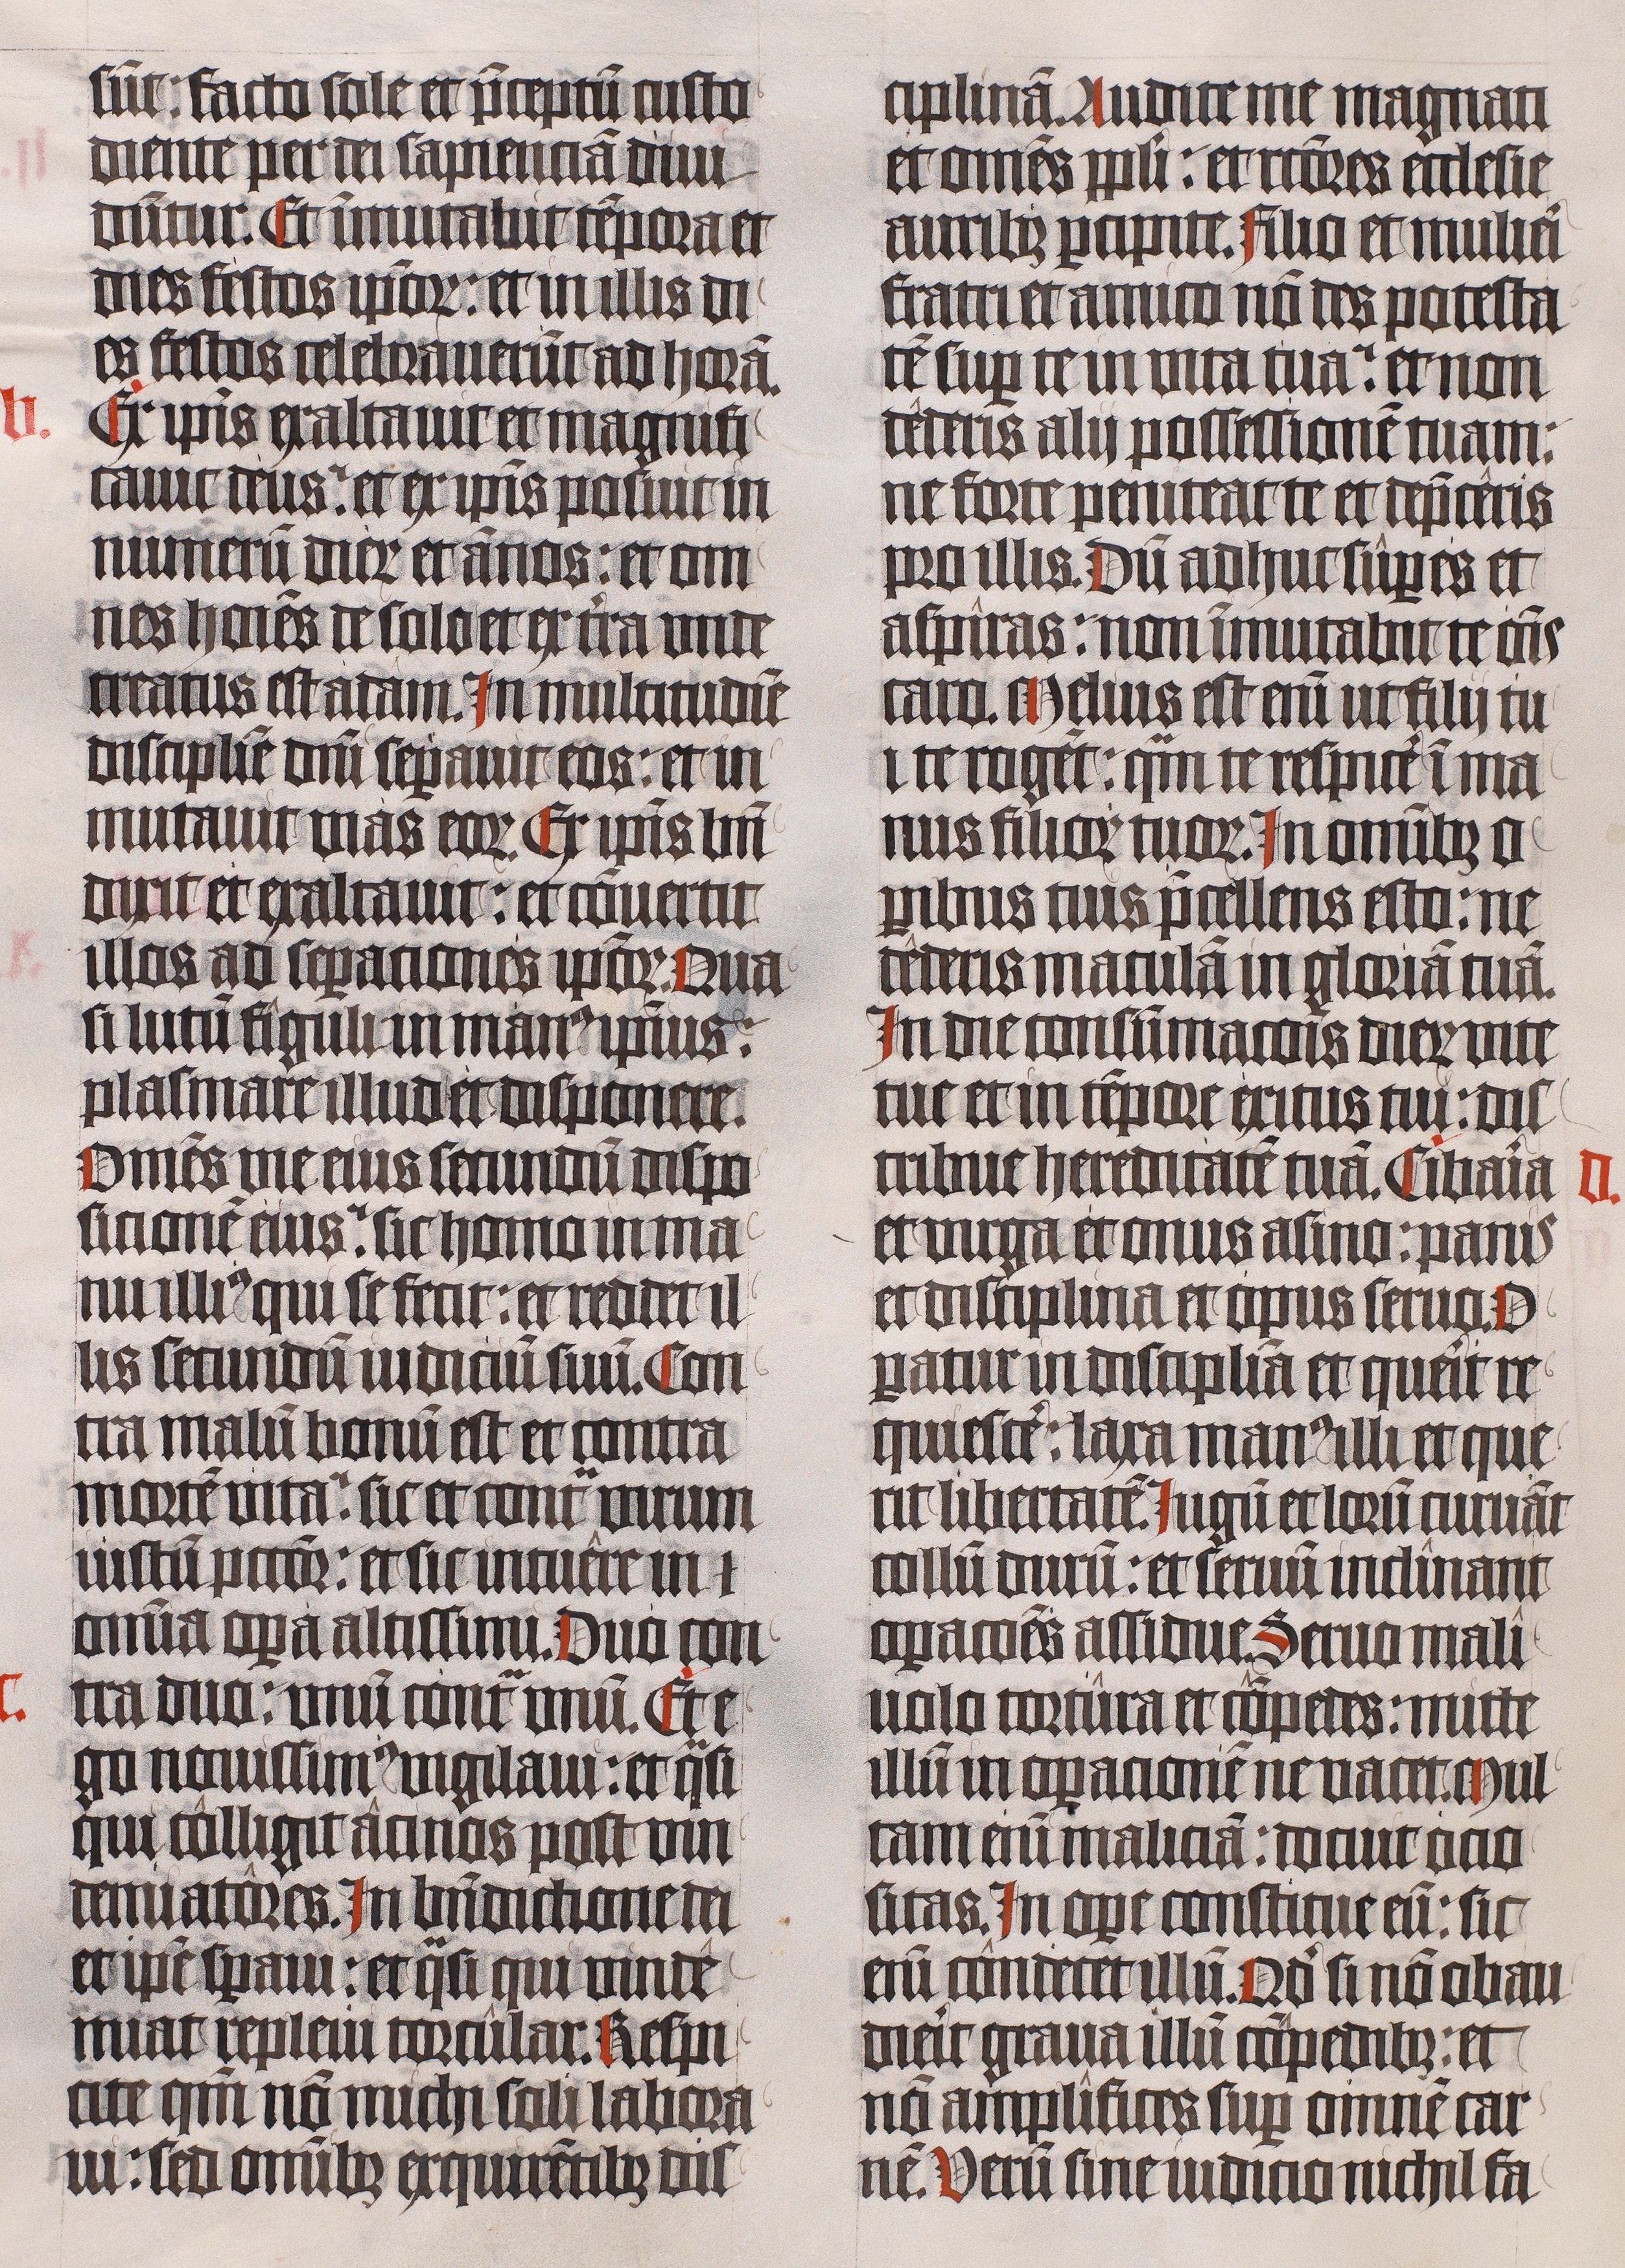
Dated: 1443–1443